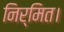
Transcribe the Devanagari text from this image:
निर्मित।